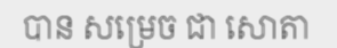
បាន សម្រេច ជា សោតា